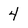
Character: 4